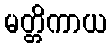
မတ္တိကာယ